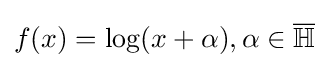
f(x)=\log(x+\alpha ),\alpha \in {\overline {\mathbb {H} }}